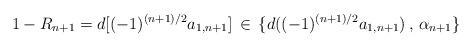
LaTeX: \begin{align*}1-R_{n+1}=d[(-1)^{(n+1)/2}a_{1,n+1}]\,\in\,\{d((-1)^{(n+1)/2}a_{1,n+1})\,,\,\alpha_{n+1}\}\end{align*}